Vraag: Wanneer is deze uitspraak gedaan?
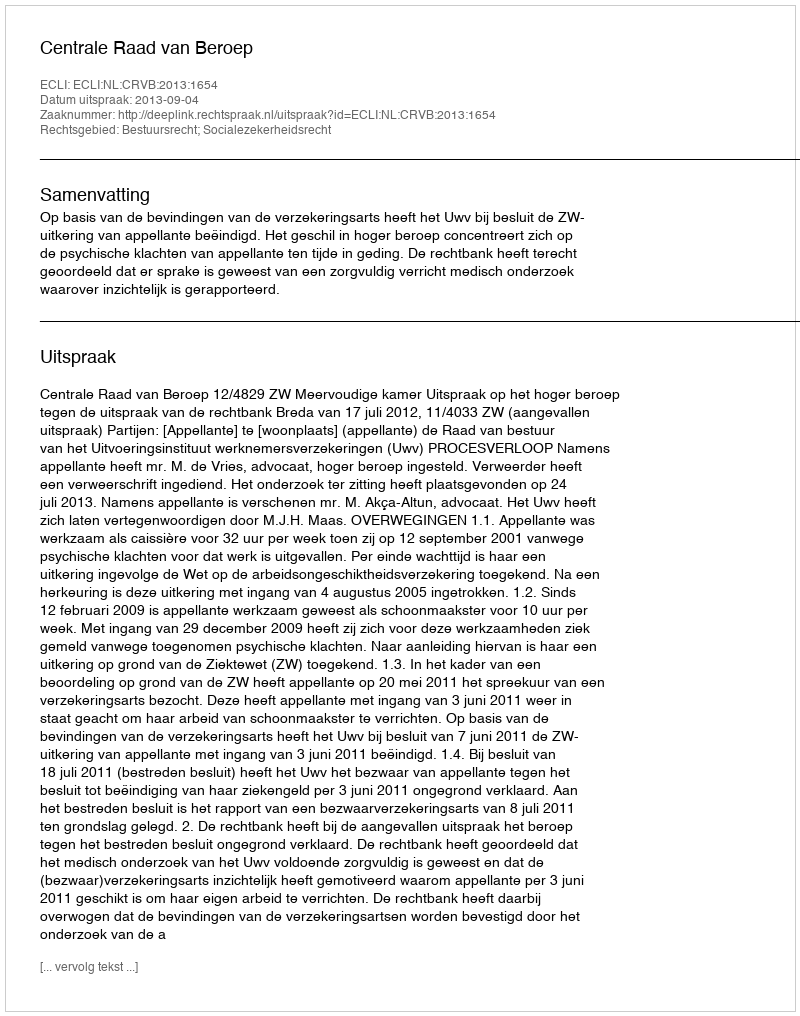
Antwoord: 2013-09-04